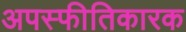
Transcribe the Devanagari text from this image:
अपस्फीतिकारक